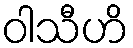
ဝါသီဟိ